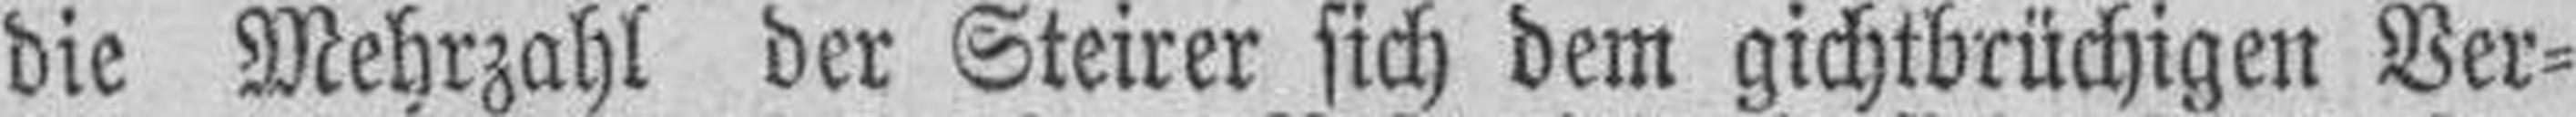
die Mehrzahl der Steirer sich dem gichtbrüchigen Ver¬